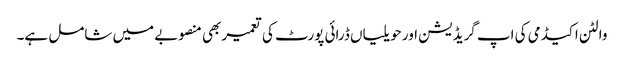
والٹن اکیڈمی کی اپ گریڈیشن اور حویلیاں ڈرائی پورٹ کی تعمیر بھی منصوبے میں شامل ہے۔